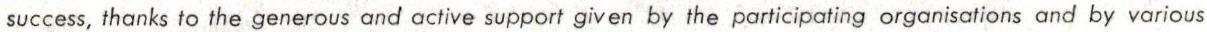
success, thanks to the generous and active support given by the participating organisations and by various